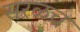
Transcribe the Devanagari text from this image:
सरळच